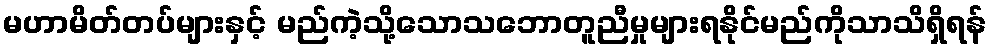
မဟာမိတ်တပ်များနှင့် မည်ကဲ့သို့သောသဘောတူညီမှုများရနိုင်မည်ကိုသာသိရှိရန်